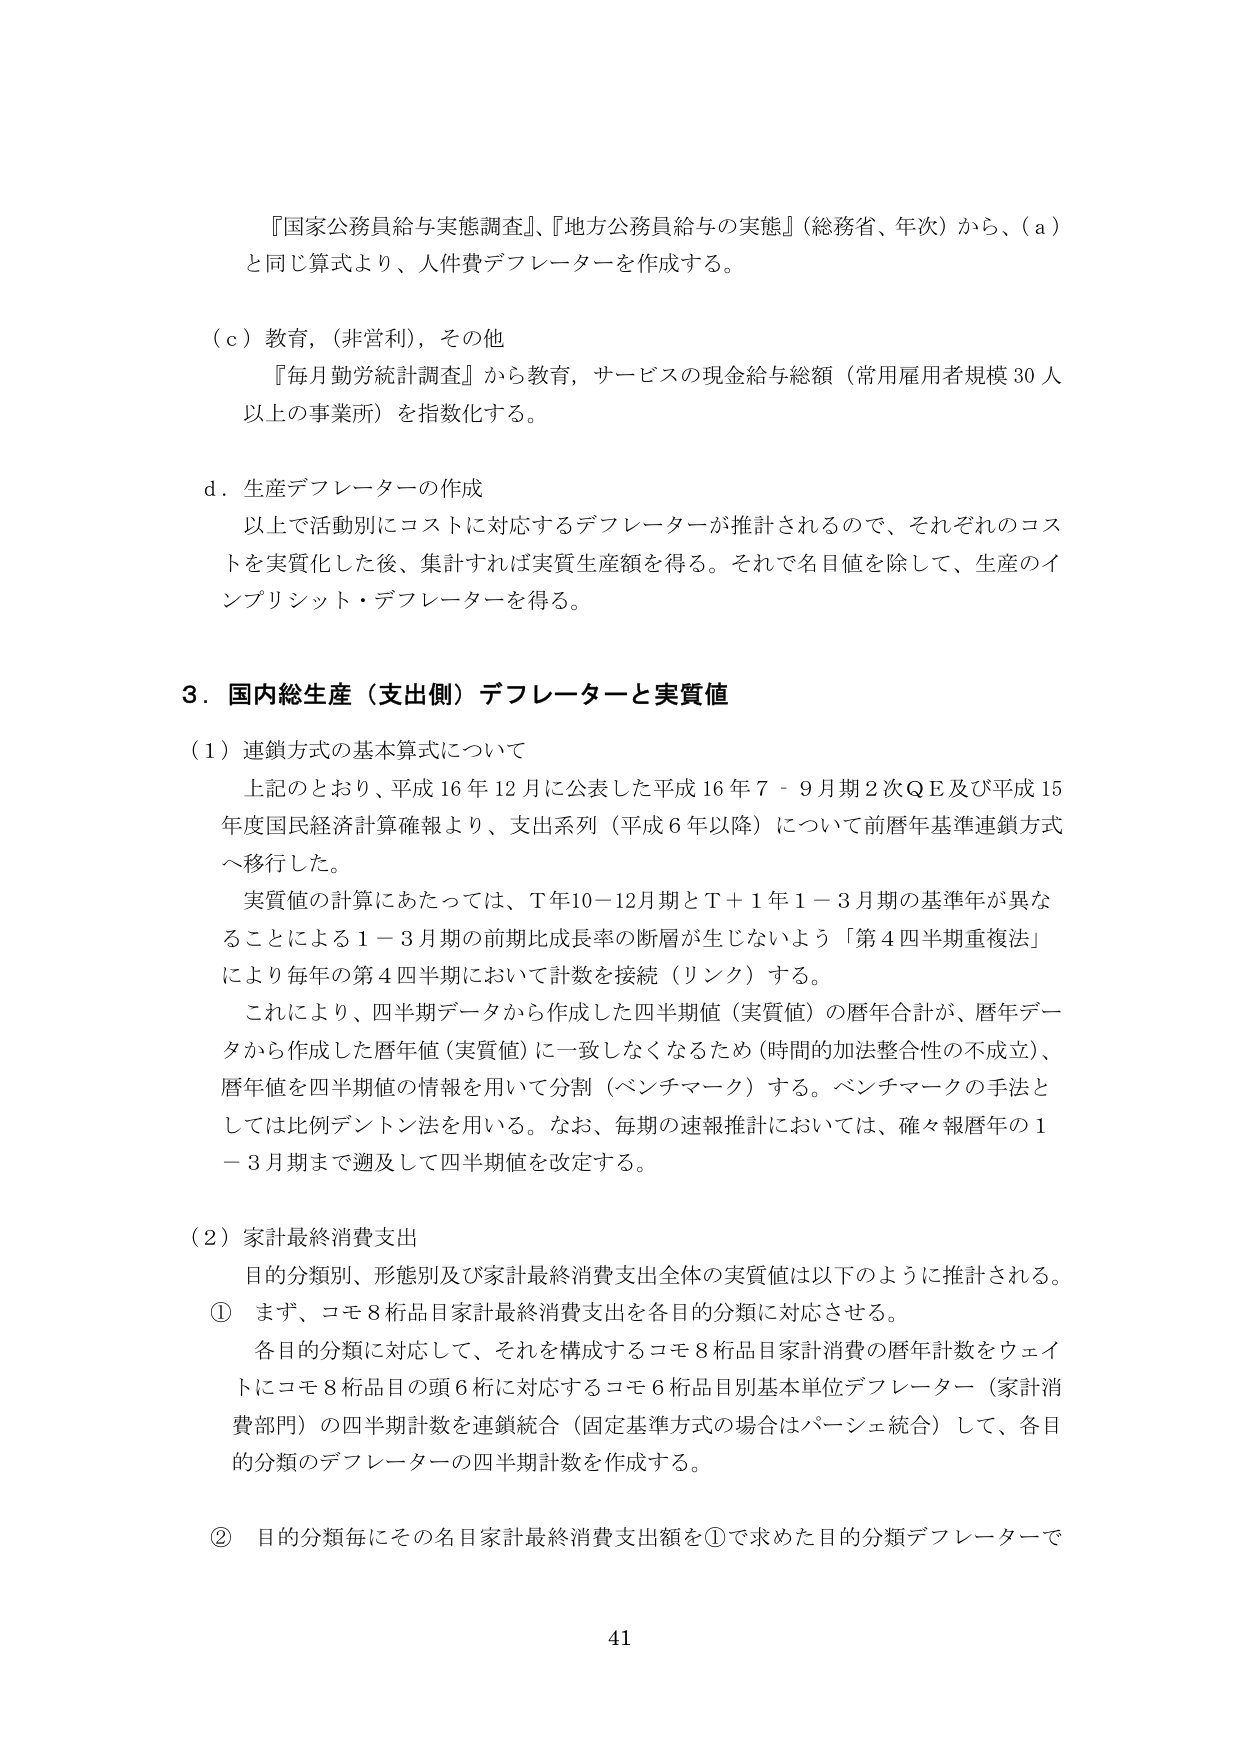
『国家公務員給与実態調査』、『地方公務員給与の実態』（総務省、年次）から、（ａ）と同じ算式より、人件費デフレーターを作成する。

（ｃ）教育，（非営利），その他
『毎月勤労統計調査』から教育，サービスの現金給与総額（常用雇用者規模 30 人以上の事業所）を指数化する。

ｄ．生産デフレーターの作成
以上で活動別にコストに対応するデフレーターが推計されるので、それぞれのコストを実質化した後、集計すれば実質生産額を得る。それで名目値を除して、生産のインプリシット・デフレーターを得る。

３．国内総生産（支出側）デフレーターと実質値

（１）連鎖方式の基本算式について
上記のとおり、平成 16 年 12 月に公表した平成 16 年 7－9 月期 2 次ＱＥ及び平成 15 年度国民経済計算確報より、支出系列（平成 6 年以降）について前暦年基準連鎖方式へ移行した。
実質値の計算にあたっては、Ｔ年10－12月期とＴ＋１年１－３月期の基準年が異なることによる１－３月期の前期比成長率の断層が生じないよう「第４四半期重複法」により毎年の第４四半期において計数を接続（リンク）する。
これにより、四半期データから作成した四半期値（実質値）の暦年合計が、暦年データから作成した暦年値（実質値）に一致しなくなるため（時間的加法整合性の不成立）、暦年値を四半期値の情報を用いて分割（ベンチマーク）する。ベンチマークの手法としては比例デントン法を用いる。なお、毎期の速報推計においては、確々報暦年の１－３月期まで遡及して四半期値を改定する。

（２）家計最終消費支出
目的分類別、形態別及び家計最終消費支出全体の実質値は以下のように推計される。
① まず、コモ８桁品目家計最終消費支出を各目的分類に対応させる。
各目的分類に対応して、それを構成するコモ８桁品目家計消費の暦年計数をウェイトにコモ８桁品目の頭６桁に対応するコモ６桁品目別基本単位デフレーター（家計消費部門）の四半期計数を連鎖統合（固定基準方式の場合はパーシェ統合）して、各目的分類のデフレーターの四半期計数を作成する。
② 目的分類毎にその名目家計最終消費支出額を①で求めた目的分類デフレーターで

41